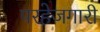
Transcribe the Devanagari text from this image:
परहेजगारी